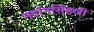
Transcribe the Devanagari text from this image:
मर्दानसिंहजी